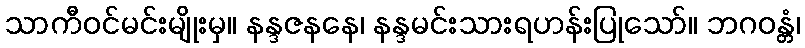
သာကီဝင်မင်းမျိုးမှ။ နန္ဒဇနနေ၊ နန္ဒမင်းသားရဟန်းပြုသော်။ ဘဂဝန္တံ၊